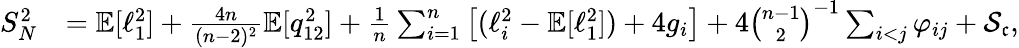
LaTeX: \begin{array}{rl}{S_{N}^{2}}&{=\mathbb{E}[\ell_{1}^{2}]+\frac{4n}{(n-2)^{2}}\mathbb{E}[q_{12}^{2}]+\frac{1}{n}\sum_{i=1}^{n}\big[(\ell_{i}^{2}-\mathbb{E}[\ell_{1}^{2}])+4g_{i}\big]+4\binom{n-1}{2}^{-1}\sum_{i<j}\varphi_{ij}+\mathcal{S}_{\mathfrak{c}},}\end{array}